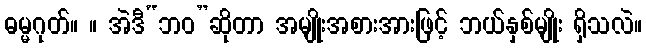
ဓမ္မဂုတ်။ ။ အဲဒီ“ဘဝ”ဆိုတာ အမျိုးအစားအားဖြင့် ဘယ်နှစ်မျိုး ရှိသလဲ။